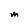
Character: m